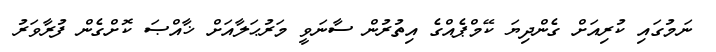
ނަމުގައި ކުރިއަށް ގެންދިޔަ ކޭމްޕެއްގެ އިތުރުން ސާނަވީ މަރުޙަލާއަށް ޚާއްޞަ ކޮށްގެން ފުރާވަރު